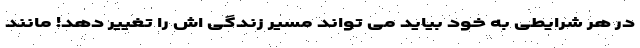
در هر شرایطی به خود بیاید می تواند مسیر زندگی اش را تغییر دهد! مانند